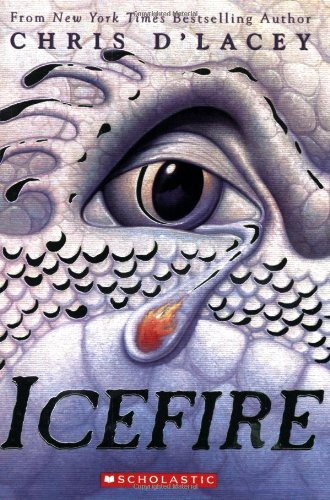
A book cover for Icefire (The Last Dragon Chronicles); Chris d'Lacey; Children's Books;